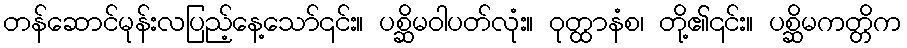
တန်ဆောင်မုန်းလပြည့်နေ့သော်၎င်း။ ပစ္ဆိမဝါပတ်လုံး။ ဝုတ္ထာနံစ၊ တို့၏၎င်း။ ပစ္ဆိမကတ္တိက